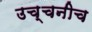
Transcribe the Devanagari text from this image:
उच्चनीच